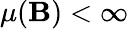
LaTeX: \mu(\mathbf{B})<\infty